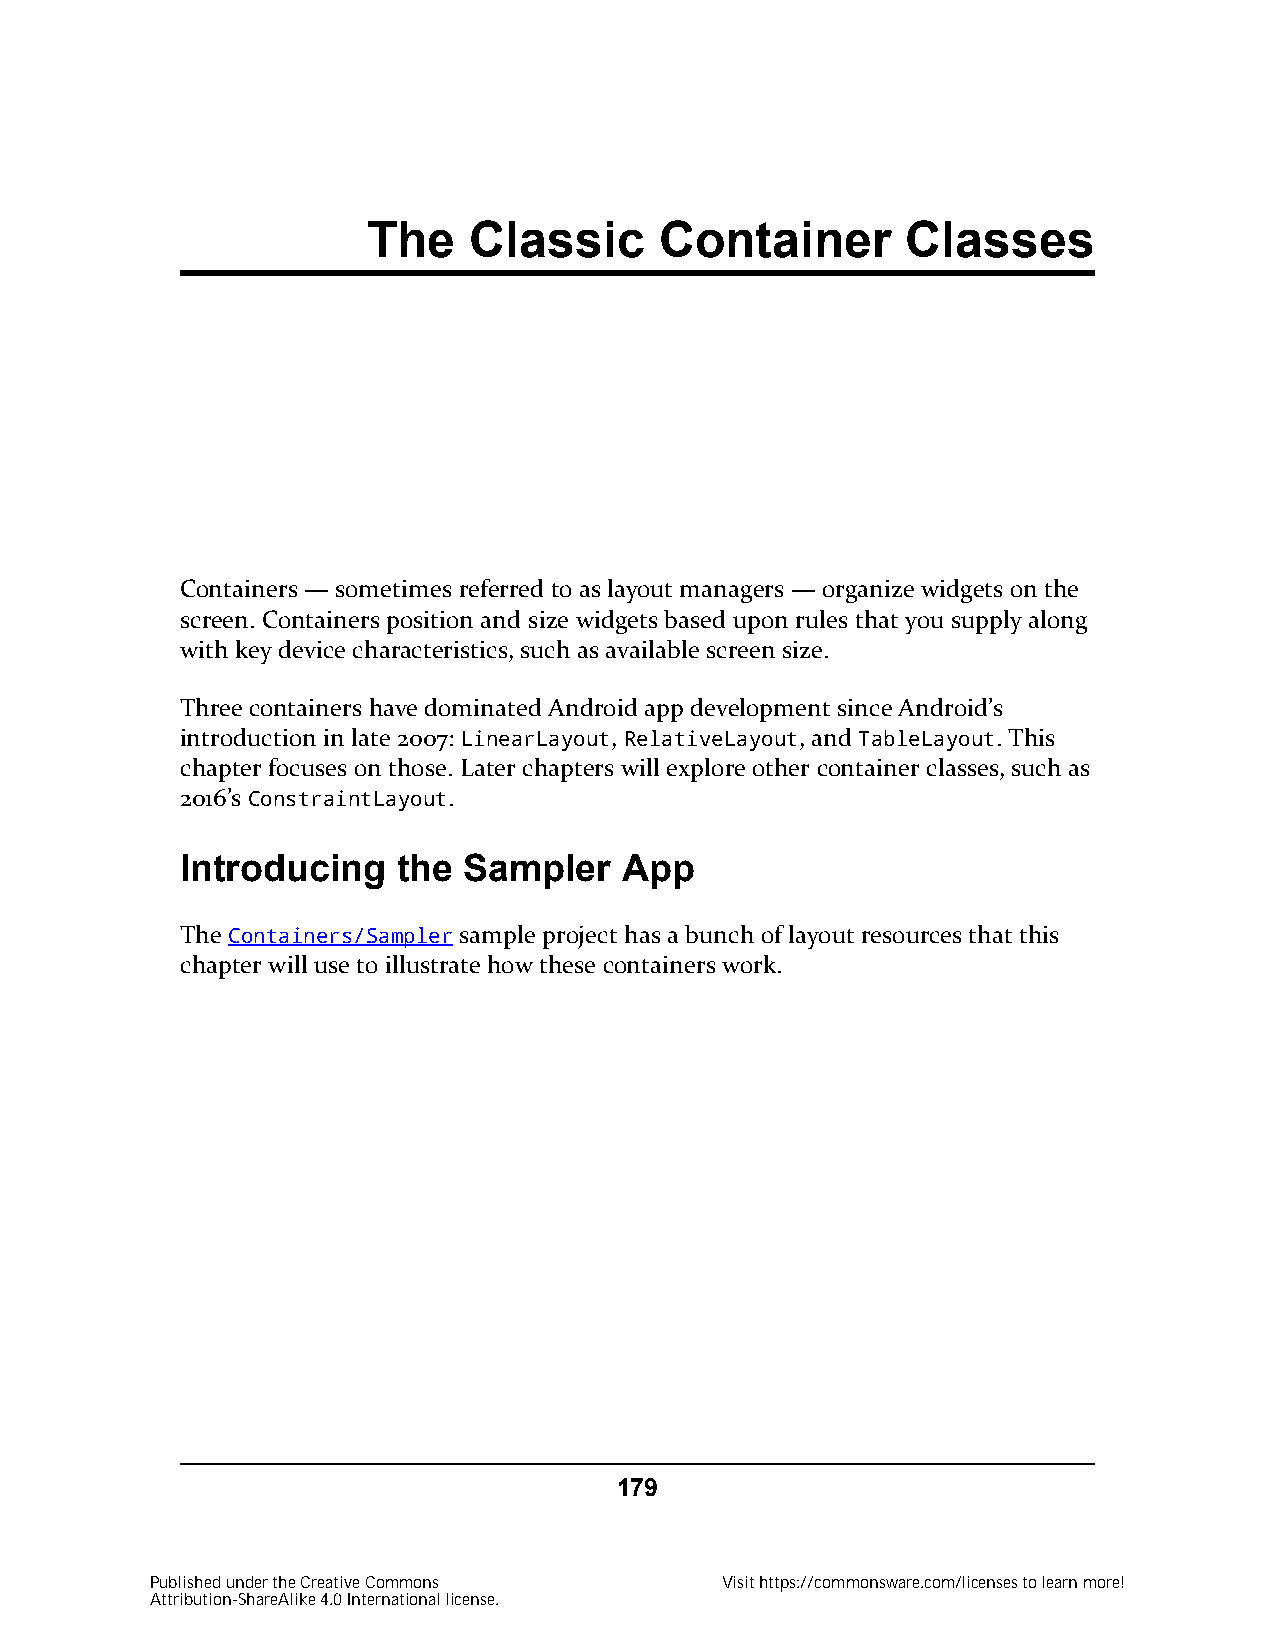
The    Classic      Container       Classes
 Containers — sometimes referred to as layout managers — organize widgets on the
 screen. Containers position and size widgets based upon rules that you supply along
 with key device characteristics, such as available screen size.
 Three containers have dominated Android app development since Android’s
 introduction in late 2007: LinearLayout, RelativeLayout, and TableLayout. This
 chapter focuses on those. Later chapters will explore other container classes, such as
 2016’s ConstraintLayout.
 Introducing   the  Sampler   App
 The Containers/Sampler sample project has a bunch of layout resources that this
 chapter will use to illustrate how these containers work.
 179
 Published under the Creative Commons  Visit https://commonsware.com/licenses to learn more!
 Attribution-ShareAlike 4.0 International license.